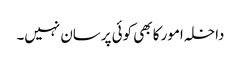
داخلہ امور کا بھی کوئی پرسان نہیں۔